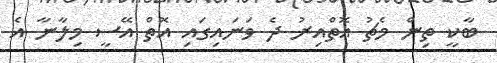
ބާކީ ތިން މެޗު އޮތްއިރު ދެ ވަނައިގައި އޮތް އޭސީ މިލާނާ އެ